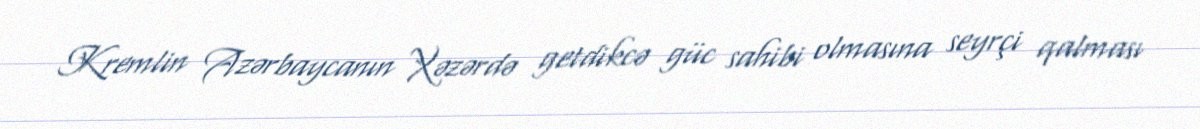
Kremlin Azərbaycanın Xəzərdə getdikcə güc sahibi olmasına seyrçi qalması